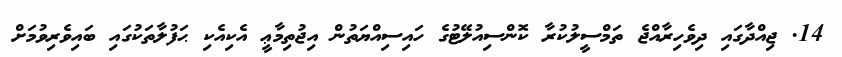
14. ޖިއްދާގައި ދިވެހިރާއްޖެ ތަމްސީލުކުރާ ކޮންސިއުލޭޓުގެ ހައިސިއްޔަތުން އިޖުތިމާޢީ އެކިއެކި ޙަފުލާތަކުގައި ބައިވެރިވުމަށް